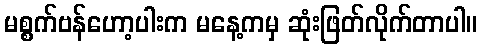
မစ္စက်ဗန်ဟော့ပါးက မနေ့ကမှ ဆုံးဖြတ်လိုက်တာပါ။